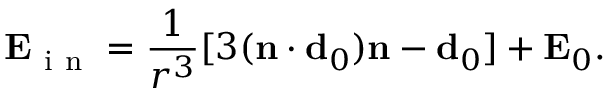
\mathbf { E } _ { \mathrm { ~ i ~ n ~ } } = \frac { 1 } { r ^ { 3 } } [ 3 ( \mathbf { n } \cdot \mathbf { d } _ { 0 } ) \mathbf { n } - \mathbf { d } _ { 0 } ] + \mathbf { E } _ { 0 } .